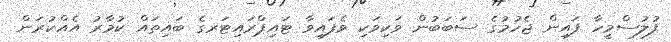
ފުލުސްމީހާ ފައިން ޖެހުމުގެ ސަބަބުން ވަކިވަކި ވެފައިވާ ޓައިޕްރައިޓަރގެ ބައިތައް ކުމާރު އެއްކުރަން